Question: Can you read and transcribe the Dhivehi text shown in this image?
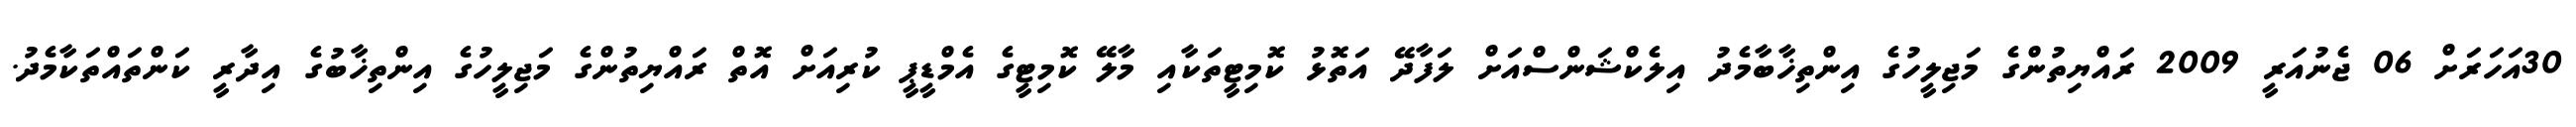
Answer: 30އަހަރަށް 06 ޖެނުއަރީ 2009 ރައްޔިތުންގެ މަޖިލީހުގެ އިންތިޚާބާމެދު އިލެކްޝަންސްއަށް ލަފާދޭ އަތޮޅު ކޮމިޓީތަކާއި މާލޭ ކޮމިޓީގެ އެމްޑީޕީ ކުރިއަށް އޮތް ރައްޔިތުންގެ މަޖިލީހުގެ އިންތިޚާބުގެ އިދާރީ ކަންތައްތަކާމެދު.